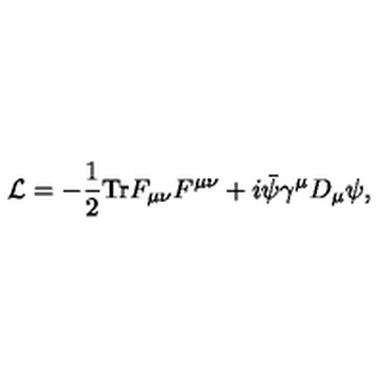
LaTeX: { \cal L } = - { \frac { 1 } { 2 } } \mathrm { T r } F _ { \mu \nu } F ^ { \mu \nu } + i \bar { \psi } \gamma ^ { \mu } D _ { \mu } \psi ,